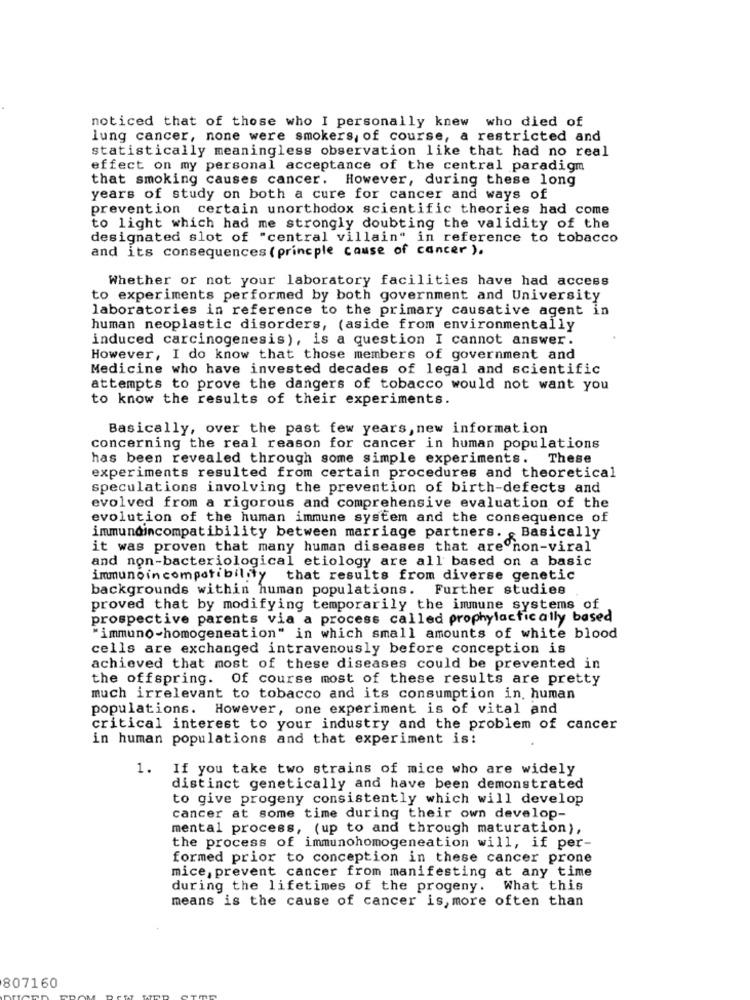
noticed that of those who I personally knew who died of
lung cancer, none were smokers, of course, a restricted and
statistically meaningless observation like that had no real
effect on my personal acceptance of the central paradigm
that smoking causes cancer. However, during these long
years of study on both a cure for cancer and ways of
prevention certain unorthodox scientific theories had come
to light which had me strongly doubting the validity of the
designated slot of "central villain" in reference to tobacco
and its consequences ( princple cause of cancer ).
Whether or not your laboratory facilities have had access
to experiments performed by both government and University
laboratories in reference to the primary causative agent in
human neoplastic disorders, (aside from environmentally
induced carcinogenesis), is a question I cannot answer.
However, I do know that those members of government and
Medicine who have invested decades of legal and scientific
attempts to prove the dangers of tobacco would not want you
to know the results of their experiments.
Basically, over the past few years, new information
concerning the real reason for cancer in human populations
has been revealed through some simple experiments. These
experiments resulted from certain procedures and theoretical
speculations involving the prevention of birth-defects and
evolved from a rigorous and comprehensive evaluation of the
evolution of the human immune system and the consequence of
immundincompatibility between marriage partners. Basically
it was proven that many human diseases that are non-viral
and non-bacteriological etiology are all based on a basic
immuno in compatibility
that results from diverse genetic
backgrounds within human populations. Further studies
proved that by modifying temporarily the immune systems of
prospective parents via a process called prophylactically based
"immuno-homogeneation" in which small amounts of white blood
cells are exchanged intravenously before conception is
achieved that most of these diseases could be prevented in
the offspring. Of course most of these results are pretty
much irrelevant to tobacco and its consumption in, human
populations. However, one experiment is of vital and
critical interest to your industry and the problem of cancer
in human populations and that experiment is:
1. If you take two strains of mice who are widely
distinct genetically and have been demonstrated
to give progeny consistently which will develop
cancer at some time during their own develop-
mental process, (up to and through maturation),
the process of immunohomogeneation will, if per-
formed prior to conception in these cancer prone
mice, prevent cancer from manifesting at any time
during the lifetimes of the progeny. What this
means is the cause of cancer is, more often than
807160